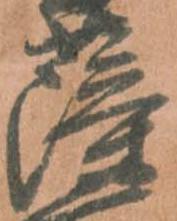
薩